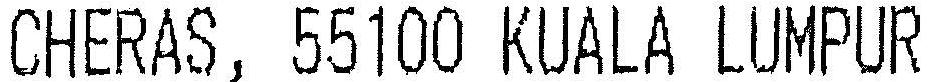
CHERAS, 55100 KUALA LUMPUR